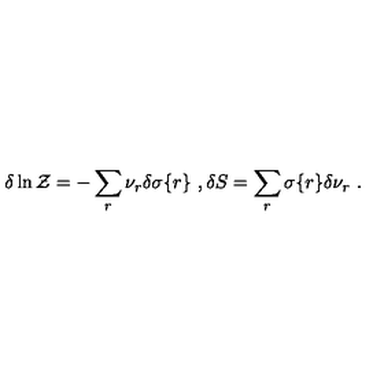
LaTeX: \delta \ln { \cal Z } = - \sum _ { r } \nu _ { r } \delta \sigma \{ r \} \ , \delta S = \sum _ { r } \sigma \{ r \} \delta \nu _ { r } \ .